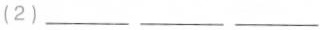
（2）___ ___ ___